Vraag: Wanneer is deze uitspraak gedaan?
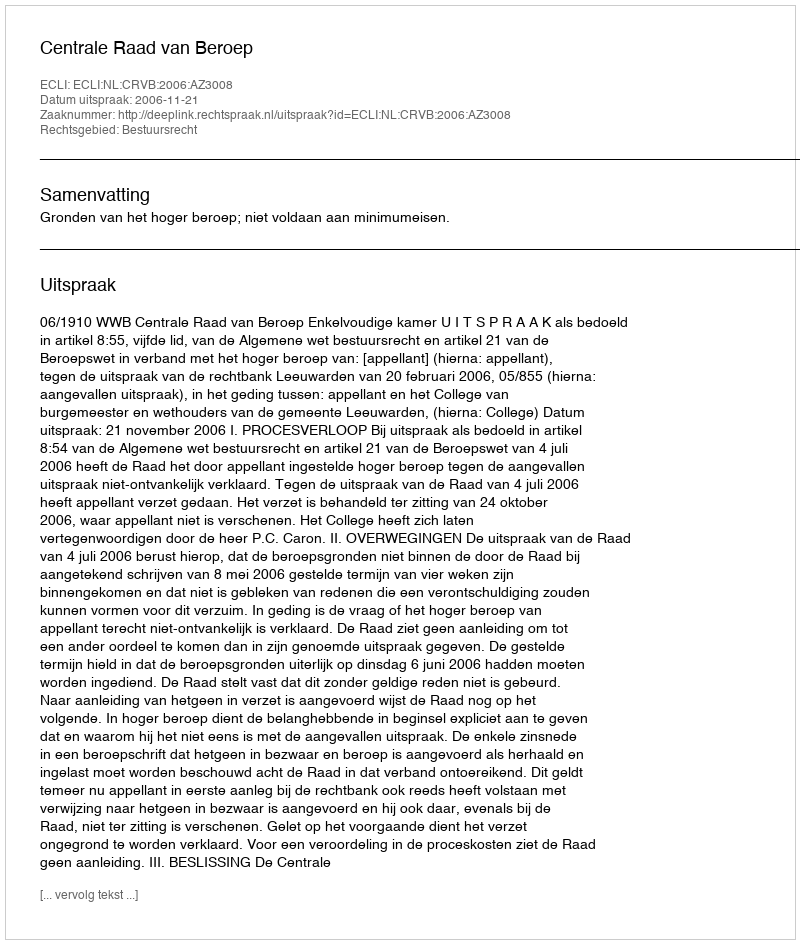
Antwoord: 2006-11-21